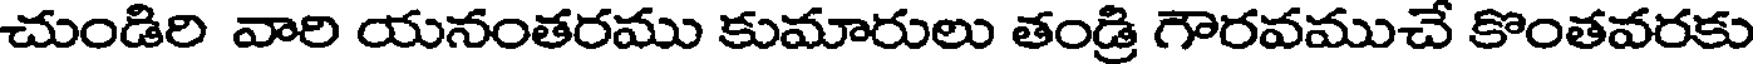
చుండిరి వారి యనంతరము కుమారులు తండ్రి గౌరవముచే కొంతవరకు